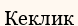
Кеклик